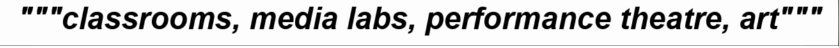
"""classrooms, media labs, performance theatre, art"""